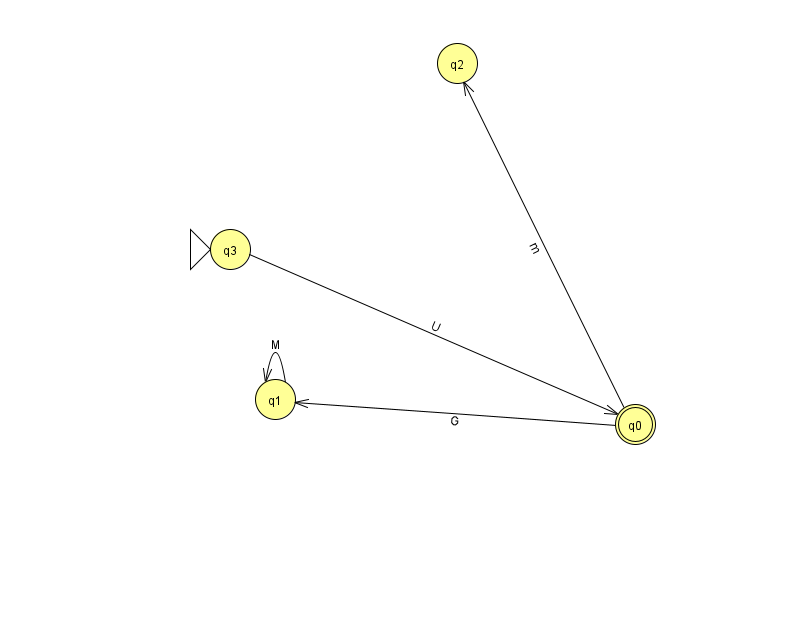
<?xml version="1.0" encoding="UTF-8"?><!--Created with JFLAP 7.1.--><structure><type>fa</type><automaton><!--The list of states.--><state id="0" name="q0"><x>635.0</x><y>411.0</y><final/></state><state id="1" name="q1"><x>275.0</x><y>386.0</y></state><state id="2" name="q2"><x>457.0</x><y>50.0</y></state><state id="3" name="q3"><x>230.0</x><y>236.0</y><initial/></state><!--The list of transitions.--><transition><from>3</from><to>0</to><read>U</read></transition><transition><from>0</from><to>2</to><read>m</read></transition><transition><from>0</from><to>1</to><read>G</read></transition><transition><from>1</from><to>1</to><read>M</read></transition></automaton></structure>